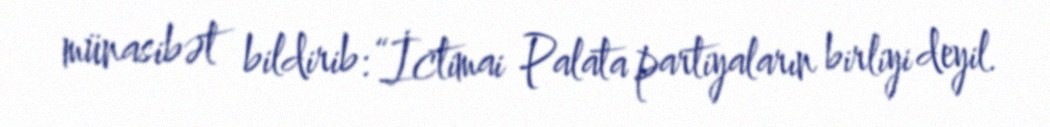
münasibət bildirib: “İctimai Palata partiyaların birliyi deyil.